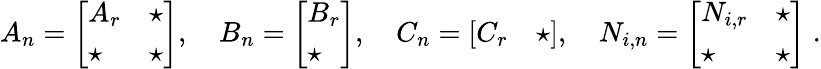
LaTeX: \begin{array}{r}{A_{n}=\left[\begin{array}{ll}{{A}_{r}}&{\star}\\ {\star}&{\star}\end{array}\right],\quad B_{n}=\left[\begin{array}{l}{{B}_{r}}\\ {\star}\end{array}\right],\quad C_{n}=\left[\begin{array}{ll}{{C}_{r}}&{\star}\end{array}\right],\quad N_{i,n}=\left[\begin{array}{ll}{{N}_{i,r}}&{\star}\\ {\star}&{\star}\end{array}\right]\; .}\end{array}